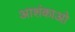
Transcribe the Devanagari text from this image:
आशंकाओ